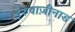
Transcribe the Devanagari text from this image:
इरुवाज़ीनाड